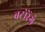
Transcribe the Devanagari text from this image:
बटोरेंगे